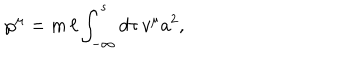
LaTeX: { \wp } ^ { \mu } = m \, \ell \int _ { - \infty } ^ { s } d \tau \, v ^ { \mu } a ^ { 2 } ,